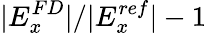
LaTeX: |E_{x}^{FD}|/|E_{x}^{ref}|-1